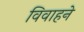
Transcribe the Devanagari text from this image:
विवाहने